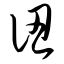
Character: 认